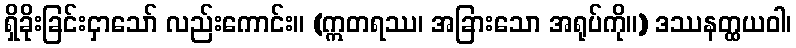
ရှိခိုးခြင်းငှာသော် လည်းကောင်း။ (ဣတရဿ၊ အခြားသော အရုပ်ကို။) ဒဿနတ္ထယဝါ၊